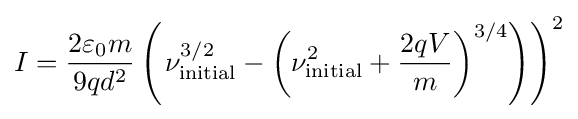
{I}={\frac {2\varepsilon _{0}m}{9qd^{2}}}\left(\left.\nu _{\text{initial}}^{3/2}-\left(\nu _{\text{initial}}^{2}+{\frac {2qV}{m}}\right)^{3/4}\right)\right)^{2}